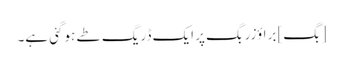
[بگ] براؤزر بگ پر ایک ڈریگ طے ہوگئی ہے۔